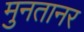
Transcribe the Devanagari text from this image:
मुनतानर